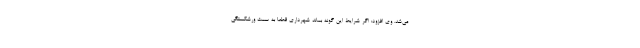
می‌شد. وی افزود: اگر شرایط این گونه بماند شهرداری قطعا به سمت ورشکستگی